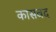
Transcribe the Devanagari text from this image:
कासवद